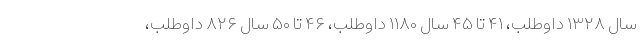
سال ۱۳۲۸ داوطلب، ۴۱ تا ۴۵ سال ۱۱۸۰ داوطلب، ۴۶ تا ۵۰ سال ۸۲۶ داوطلب،